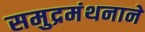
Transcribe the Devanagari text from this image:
समुद्रमंथनाने